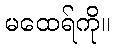
မထေရ်ကို။